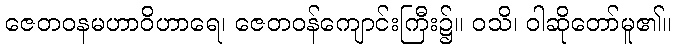
ဇေတဝနမဟာဝိဟာရေ၊ ဇေတဝန်ကျောင်းကြီး၌။ ဝသိ၊ ဝါဆိုတော်မူ၏။